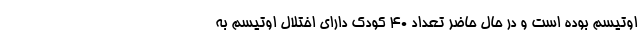
اوتیسم بوده است و در حال حاضر تعداد ۴۰ کودک دارای اختلال اوتیسم به